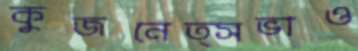
কুজনেত্সভাও